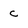
Character: C